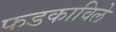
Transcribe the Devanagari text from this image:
फडकाविले